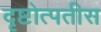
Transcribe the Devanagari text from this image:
दृष्टोत्पतीस